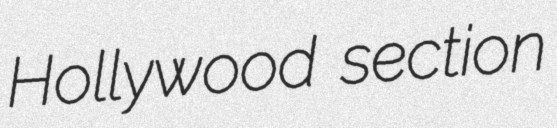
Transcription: Hollywood section